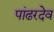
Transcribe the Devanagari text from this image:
पांढरदेव